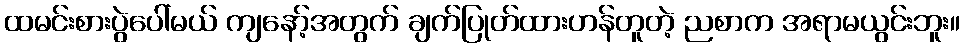
ထမင်းစားပွဲပေါ်မယ် ကျနော့်အတွက် ချက်ပြုတ်ထားဟန်တူတဲ့ ညစာက အရာမယွင်းဘူး။